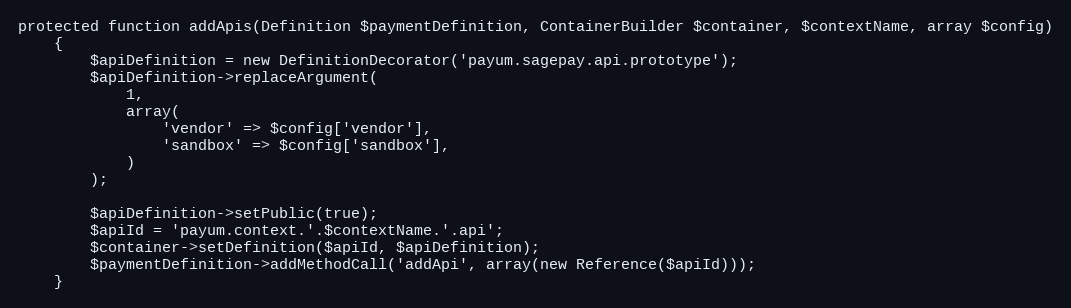
Language: PHP
protected function addApis(Definition $paymentDefinition, ContainerBuilder $container, $contextName, array $config)
    {
        $apiDefinition = new DefinitionDecorator('payum.sagepay.api.prototype');
        $apiDefinition->replaceArgument(
            1,
            array(
                'vendor' => $config['vendor'],
                'sandbox' => $config['sandbox'],
            )
        );

        $apiDefinition->setPublic(true);
        $apiId = 'payum.context.'.$contextName.'.api';
        $container->setDefinition($apiId, $apiDefinition);
        $paymentDefinition->addMethodCall('addApi', array(new Reference($apiId)));
    }